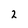
Character: 2